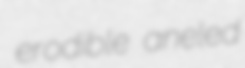
erodible aneled